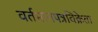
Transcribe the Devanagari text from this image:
वर्तमानपत्रविक्रेता